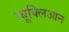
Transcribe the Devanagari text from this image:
न्यूक्लिआन